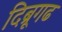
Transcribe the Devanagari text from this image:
दिब्रूगढ